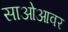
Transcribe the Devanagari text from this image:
साओआवर